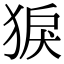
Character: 𤟑